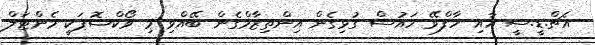
އެޗް.ޑީ.ސީ އާއި ހާފްވޭ ހައުސް ގުޅިގެން އިންތިޒާމްގެން ބޭއްވި މި ވޯކްޝޮޕަކީ މެންޓަލް